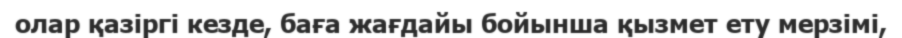
олар қазіргі кезде, баға жағдайы бойынша қызмет ету мерзімі,